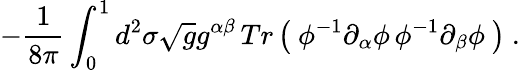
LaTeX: -\frac{1}{8\pi}\int_{0}^{1}d^{2}\sigma\sqrt{g}g^{\alpha\beta}\, Tr\left(\ \phi^{-1}\partial_{\alpha}\phi\, \phi^{-1}\partial_{\beta}\phi\ \right)\ .